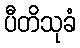
ပီတိသုခံ